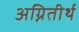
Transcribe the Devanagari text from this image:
अग्नितीर्थ